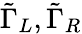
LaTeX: \tilde{\Gamma}_{L},\tilde{\Gamma}_{R}